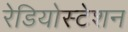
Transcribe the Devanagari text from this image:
रेडियोस्टेशन